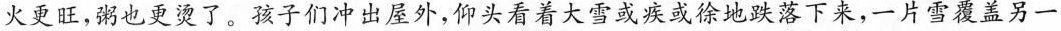
火更旺，粥也更烫了。孩子们冲出座外，仰头看着大雪或疾或徐地跌落下来，一片雪覆盖另一